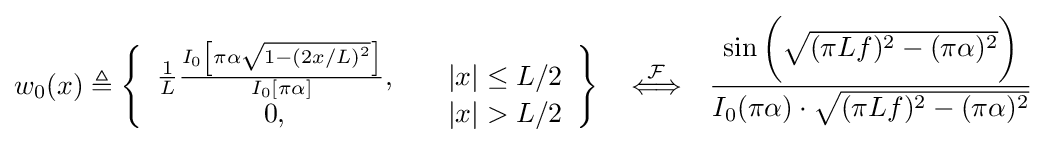
w_{0}(x)\triangleq \left\{{\begin{array}{ccl}{\tfrac {1}{L}}{\frac {I_{0}\left[\pi \alpha {\sqrt {1-\left(2x/L\right)^{2}}}\right]}{I_{0}[\pi \alpha ]}},\quad &\left|x\right|\leq L/2\\0,\quad &\left|x\right|>L/2\end{array}}\right\}\quad {\stackrel {\mathcal {F}}{\Longleftrightarrow }}\quad {\frac {\sin {\bigg (}{\sqrt {(\pi Lf)^{2}-(\pi \alpha )^{2}}}{\bigg )}}{I_{0}(\pi \alpha )\cdot {\sqrt {(\pi Lf)^{2}-(\pi \alpha )^{2}}}}}